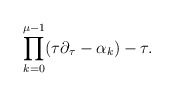
\begin{align*}\prod_{k=0}^{\mu-1}(\tau\partial_\tau-\alpha_k)-\tau.\end{align*}